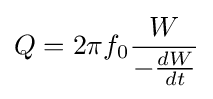
Q=2\pi f_{0}{\frac {W}{-{\frac {dW}{dt}}}}